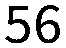
56